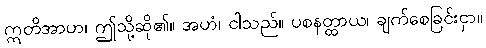
ဣတိအာဟ၊ ဤသို့ဆို၏။ အဟံ၊ ငါသည်။ ပစနတ္ထာယ၊ ချက်စေခြင်းငှာ။